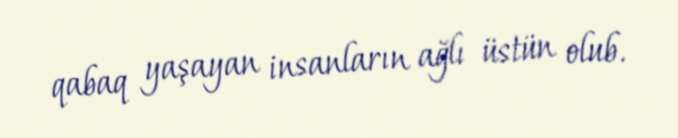
qabaq yaşayan insanların ağlı üstün olub.